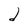
Character: d